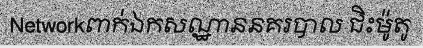
Networkពាក់ឯកសណ្ឋាននគរបាល ជិះម៉ូតូ